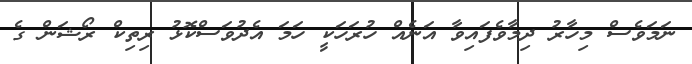
ނަމަވެސް މިހާރު ދިމާވެފައިވާ އަނެއް ހުރަހަކީ ހަމަ އެދުވަސްކޮޅު ރިތިކް ރޯޝަން ގެ